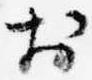
於